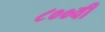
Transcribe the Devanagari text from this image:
८००वीं